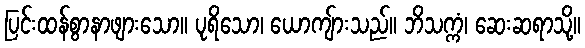
ပြင်းထန်စွာနာဖျားသော။ ပုရိသော၊ ယောကျ်ားသည်။ ဘိသက္ကံ၊ ဆေးဆရာသို့။